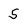
Character: 5